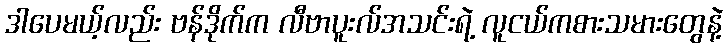
ဒါပေမယ့်လည်း ဗန်ဒိုက်က လီဗာပူးလ်အသင်းရဲ့ လူငယ်ကစားသမားတွေနဲ့